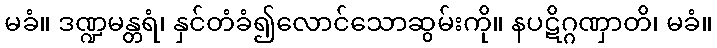
မခံ။ ဒဏ္ဍမန္တရံ၊ နှင်တံခံ၍လောင်သောဆွမ်းကို။ နပဋိဂ္ဂဏှာတိ၊ မခံ။